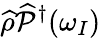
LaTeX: \widehat{\rho}\widehat{\mathcal{P}}^{\dagger}(\omega_{I})